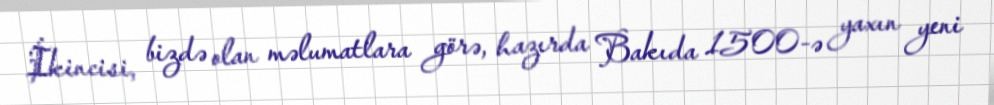
İkincisi, bizdə olan məlumatlara görə, hazırda Bakıda 1500-ə yaxın yeni